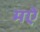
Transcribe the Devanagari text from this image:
मऐ